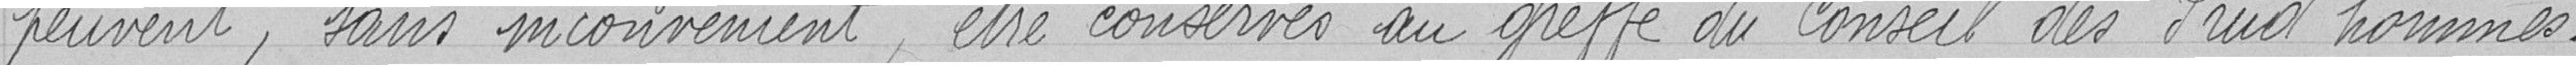
peuvent, sans inconvénients, être conservés au Greffe du Conseil des Prud'hommes.